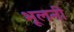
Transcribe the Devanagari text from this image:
भूलनी